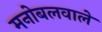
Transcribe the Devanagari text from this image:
मनोबलवाले